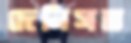
দেনিসভ